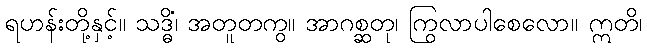
ရဟန်းတို့နှင့်။ သဒ္ဓိံ၊ အတူတကွ။ အာဂစ္ဆတု၊ ကြွလာပါစေလော။ ဣတိ၊